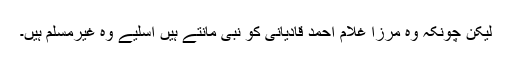
لیکن چونکہ وہ مرزا غلام احمد قادیانی کو نبی مانتے ہیں اسلیے وہ غیرمسلم ہیں۔